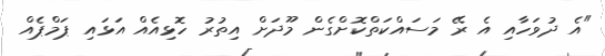
"އެ ދުވަހާއި އެ ރޭ މަސައްކަތްކޮށްގެން މޫދަށް އިތުރު ހޮޅިއެއް އަޅައި ޕަމްޕެއް